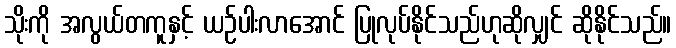
သိုးကို အလွယ်တကူနှင့် ယဉ်ပါးလာအောင် ပြုလုပ်နိုင်သည်ဟုဆိုလျှင် ဆိုနိုင်သည်။